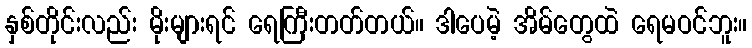
နှစ်တိုင်းလည်း မိုးများရင် ရေကြီးတတ်တယ်။ ဒါပေမဲ့ အိမ်တွေထဲ ရေမဝင်ဘူး။